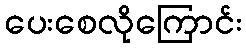
ပေးစေလိုကြောင်း